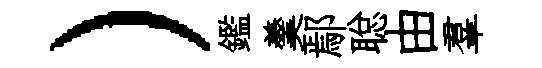
）鑑羹鄢聪由羣